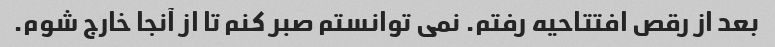
بعد از رقص افتتاحیه رفتم. نمی توانستم صبر کنم تا از آنجا خارج شوم.